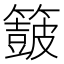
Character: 𮆟